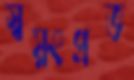
স্বয়ংপ্রভ